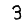
Digit: 3